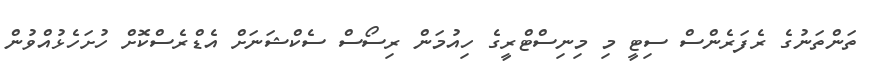
ތަންތަނުގެ ރެފަރެންސް ސިޓީ މި މިނިސްޓްރީގެ ހިއުމަން ރިސޯސް ސެކްޝަނަށް އެޑްރެސްކޮށް ހުށަހެޅުއްވުން